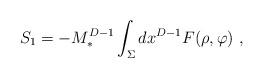
LaTeX: \begin{align*}S_1 =-M_*^{D-1} \int_\Sigma dx^{D-1} F(\rho,\varphi)~,\end{align*}